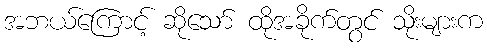
အဘယ်ကြောင့် ဆိုသော် ထိုအခိုက်တွင် သိုးများက